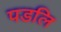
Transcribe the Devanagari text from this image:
पडलि